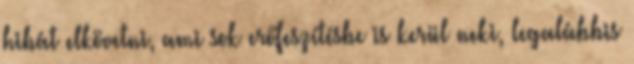
hibát elkövetni, ami sok erőfeszítésbe is kerül neki, legalábbis